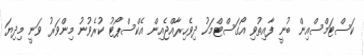
ކަސްޓަމްސްއިން ބުނީ ފާއިތުވި އޯގަސްޓްމަހު ދިވެހިރާއްޖެއިން އެކްސްޕޯޓު ކުރެވުނު މިންވަރު ވަނީ މިދިޔަ